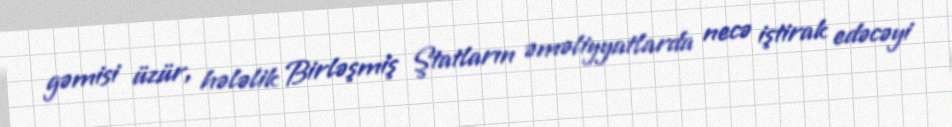
gəmisi üzür, hələlik Birləşmiş Ştatların əməliyyatlarda necə iştirak edəcəyi